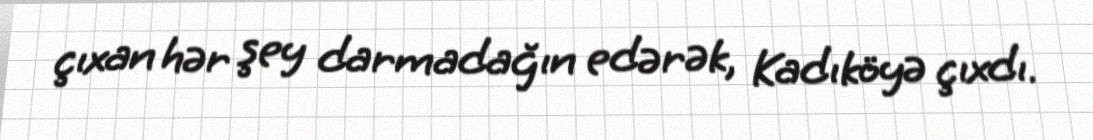
çıxan hər şey darmadağın edərək, Kadıköyə çıxdı.